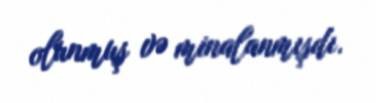
olunmuş və minalanmışdı.